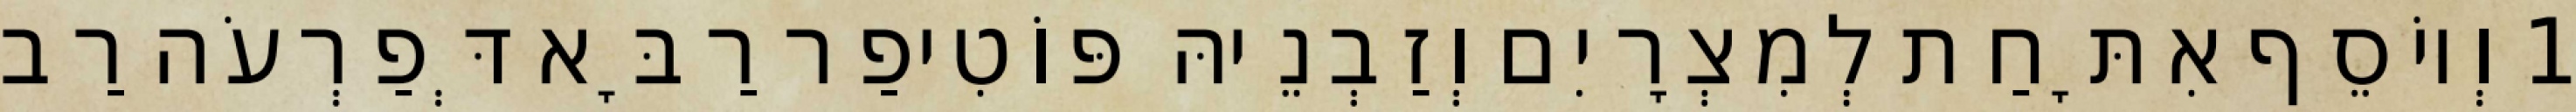
1 וְיוֹסֵף אִתָּחַת לְמִצְרָיִם וְזַבְנֵיהּ פּוֹטִיפַר רַבָּא דְּפַרְעֹה רַב